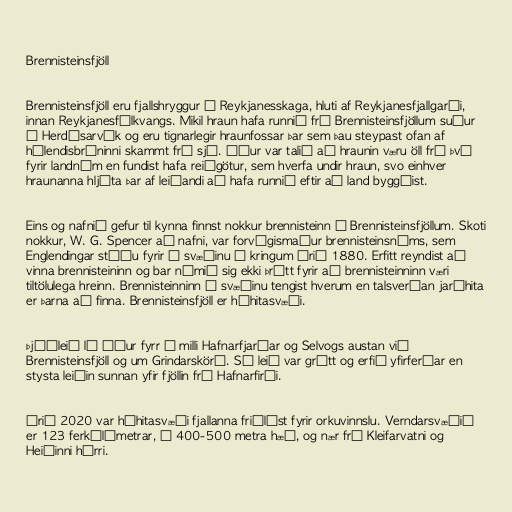
Brennisteinsfjöll

Brennisteinsfjöll eru fjallshryggur á Reykjanesskaga, hluti af Reykjanesfjallgarði,
innan Reykjanesfólkvangs. Mikil hraun hafa runnið frá Brennisteinsfjöllum suður
í Herdísarvík og eru tignarlegir hraunfossar þar sem þau steypast ofan af
hálendisbrúninni skammt frá sjó. Áður var talið að hraunin væru öll frá því
fyrir landnám en fundist hafa reiðgötur, sem hverfa undir hraun, svo einhver
hraunanna hljóta þar af leiðandi að hafa runnið eftir að land byggðist.

Eins og nafnið gefur til kynna finnst nokkur brennisteinn í Brennisteinsfjöllum. Skoti
nokkur, W. G. Spencer að nafni, var forvígismaður brennisteinsnáms, sem
Englendingar stóðu fyrir á svæðinu í kringum árið 1880. Erfitt reyndist að
vinna brennisteininn og bar námið sig ekki þrátt fyrir að brennisteinninn væri
tiltölulega hreinn. Brennisteinninn á svæðinu tengist hverum en talsverðan jarðhita
er þarna að finna. Brennisteinsfjöll er háhitasvæði.

Þjóðleið lá áður fyrr á milli Hafnarfjarðar og Selvogs austan við
Brennisteinsfjöll og um Grindarskörð. Sú leið var grýtt og erfið yfirferðar en
stysta leiðin sunnan yfir fjöllin frá Hafnarfirði.

Árið 2020 var háhitasvæði fjallanna friðlýst fyrir orkuvinnslu. Verndarsvæðið
er 123 ferkílómetrar, í 400-500 metra hæð, og nær frá Kleifarvatni og
Heiðinni hárri.